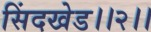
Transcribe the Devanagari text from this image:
सिंदखेड।।२।।